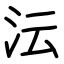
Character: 沄